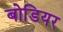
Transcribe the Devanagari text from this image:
बोडियर